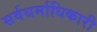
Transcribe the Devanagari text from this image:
सर्वधर्माधिकारी